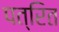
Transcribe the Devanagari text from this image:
पत्रित